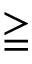
\geqq